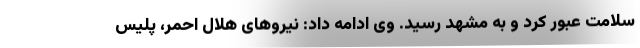
سلامت عبور کرد و به مشهد رسید. وی ادامه داد: نیروهای هلال احمر، پلیس